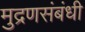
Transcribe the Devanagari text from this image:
मुद्रणसंबंधी